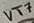
Text: VT7